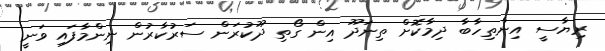
ރިޔާސީ އިންތިހާބާ ދިމާކޮށް ތިނަދޫ އިން ގޯތި ދޫކުރަން ސަރުކާރުން ނިންމާފައި ވަނީ